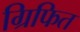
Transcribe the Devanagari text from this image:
ग्रिफित